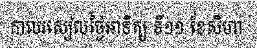
កាលរសៀលថ្ងៃអាទិត្យ ទី១១ ខែសីហា